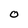
Character: O